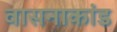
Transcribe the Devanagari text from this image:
वासनाकांड